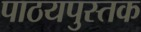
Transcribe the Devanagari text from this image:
पाठयपुस्तक